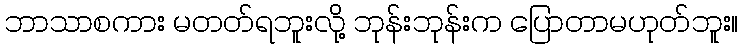
ဘာသာစကား မတတ်ရဘူးလို့ ဘုန်းဘုန်းက ပြောတာမဟုတ်ဘူး။